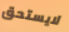
لايستحق